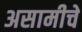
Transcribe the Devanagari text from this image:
असामीचे